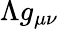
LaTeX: \Lambda g_{\mu\nu}